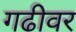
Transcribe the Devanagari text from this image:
गढीवर